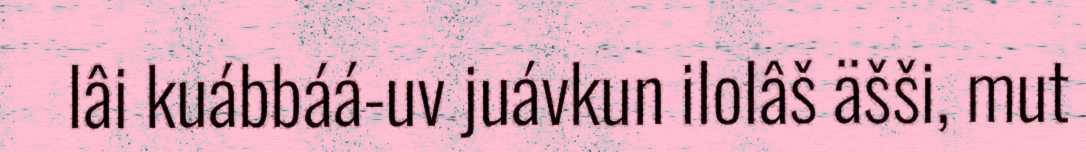
lâi kuábbáá-uv juávkun ilolâš äšši, mut